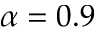
\alpha = 0 . 9